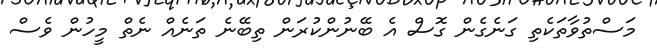
މަސްތުވާތަކެތި ގަނެގެން ގޮސް އެ ބޭނުންކުރަން ތިބޭނެ ތަނެއް ނެތް މީހުން ވެސް